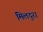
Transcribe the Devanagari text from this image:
मिलदुरा